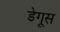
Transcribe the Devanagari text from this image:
डेगूस